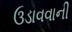
ઉડાવવાની